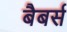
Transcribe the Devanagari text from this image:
बैबर्स